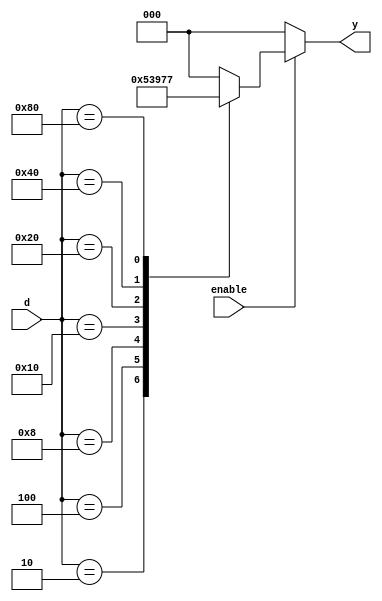
module encoder_8to3 
(
 input [7:0] d,
 input enable,
 output reg [2:0] y   
);

always @(*) begin
    if(enable==0)
    y = 8'b0;
    else begin
        case (d)
        8'b0000_0001 : y=3'd0;
        8'b0000_0010 : y=3'd1;
        8'b0000_0100 : y=3'd2;
        8'b0000_1000 : y=3'd3;
        8'b0001_0000 : y=3'd4; 
        8'b0010_0000 : y=3'd5;
        8'b0100_0000 : y=3'd6;
        8'b1000_0000 : y=3'd7;
            default: y=3'd0;
        endcase
    end
end
    
endmodule